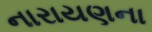
નારાયણના